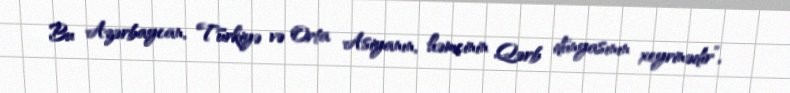
Bu Azərbaycan, Türkiyə və Orta Asiyanın, həmçinin Qərb dünyasının xeyrinədir”,